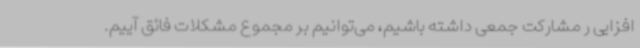
افزایی ر مشارکت جمعی داشته باشیم، می‌توانیم بر مجموع مشکلات فائق آییم.